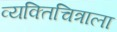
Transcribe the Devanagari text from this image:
व्यक्तिचित्राला